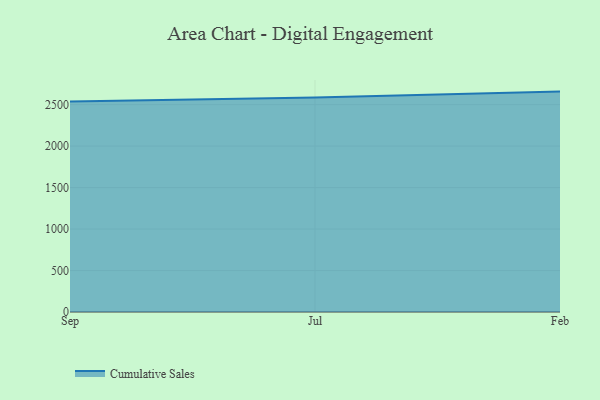
{"axis": {"x": "Month", "y": "Page Views"}, "legend": ["Cumulative Sales"], "data": [{"x": "Sep", "y": 2536.5, "type": "Cumulative Sales"}, {"x": "Jul", "y": 2585.6, "type": "Cumulative Sales"}, {"x": "Feb", "y": 2656.7, "type": "Cumulative Sales"}]}